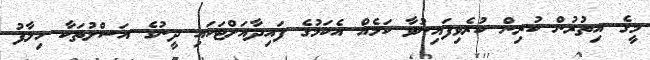
މީގެ އިތުރުން ކުރިން ކުރެވިފައިނުވާ ކަމެއް އެކަމުގެ ފައިދާއަށްޓަކައި ދީނުގެ އަސްލުތަކާ ހިލާފު